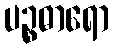
ပဉ္စဓာရော